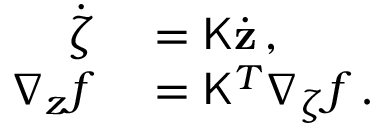
\begin{array} { r l } { \dot { \boldsymbol { \zeta } } } & { { } = \mathsf { K } \dot { \mathbf { z } } \, , } \\ { \nabla _ { z } f } & { { } = \mathsf { K } ^ { T } \nabla _ { \zeta } f \, . } \end{array}